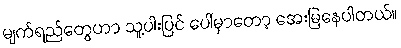
မျက်ရည်တွေဟာ သူ့ပါးပြင် ပေါ်မှာတော့ အေးမြနေပါတယ်။